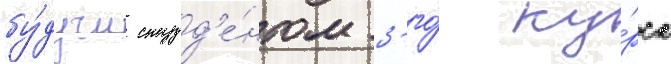
бу́дучи студ'е́нтом 3-го́ ку́рса